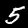
Label: 5